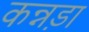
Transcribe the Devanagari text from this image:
कन्नड़ा